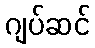
ဂျပ်ဆင်